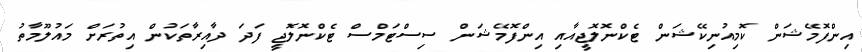
އިންފޮމޭޝަން ކޮމިއުނިކޭޝަން ޓެކްނޮލޮޖީއާއި އިންފޮމޭޝަން ސިސްޓަމްސް ޓެކްނޮލޮޖީ ފަދަ ދާއިރާތަކުން އިތުރަށް މައުލޫމާތު